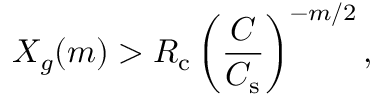
X _ { g } ( m ) > R _ { \mathrm { c } } \left( \frac { C } { C _ { \mathrm { s } } } \right) ^ { - m / 2 } ,